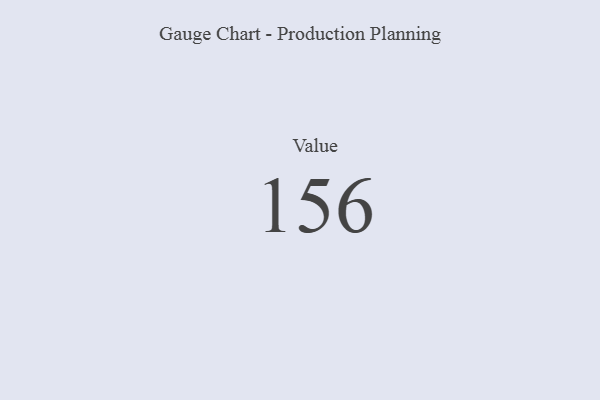
{"axis": {"x": "Metric", "y": "Value"}, "legend": [""], "data": [{"x": "Value", "y": 156, "type": ""}]}